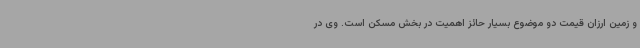
و زمین ارزان قیمت دو موضوع بسیار حائز اهمیت در بخش مسکن است. وی در